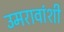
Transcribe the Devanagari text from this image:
उमरावांशी